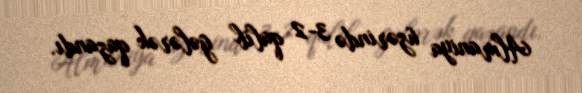
Almaniya üzərində 3-2 qalib gələrək qazandı.